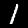
Digit: 1